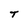
Character: T